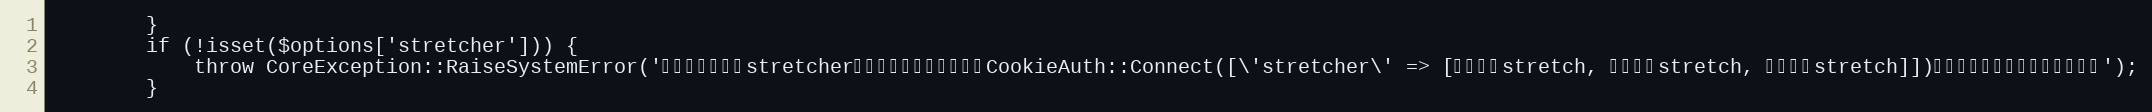
Language: PHP
		}
		if (!isset($options['stretcher'])) {
			throw CoreException::RaiseSystemError('クッキー認証のstretcherが設定されていません。CookieAuth::Connect([\'stretcher\' => [一つ目のstretch, 二つ目のstretch, 三つ目のstretch]])として設定を行ってください。');
		}